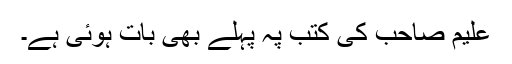
علیم صاحب کی کتب پہ پہلے بھی بات ہوئی ہے۔